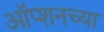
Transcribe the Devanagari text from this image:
ऑप्शनच्या